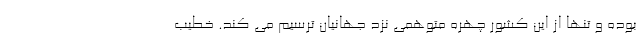
بوده و تنها از این کشور چهره متوهمی نزد جهانیان ترسیم می کند. خطیب